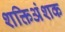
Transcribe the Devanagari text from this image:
शक्तिअंशक